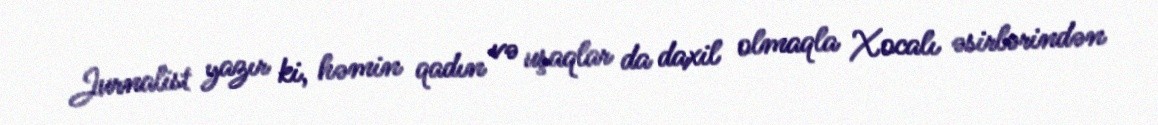
Jurnalist yazır ki, həmin qadın və uşaqlar da daxil olmaqla Xocalı əsirlərindən